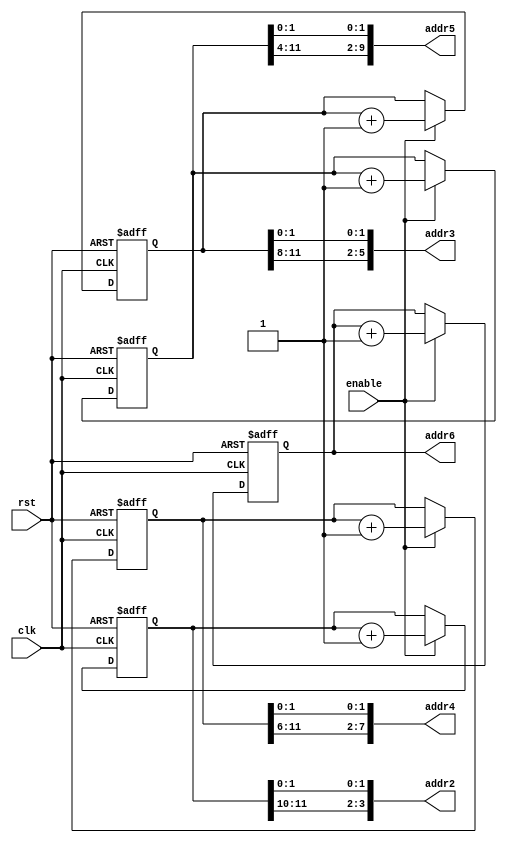

`resetall
`timescale 1ns/1ps
module rom_addr_generate(clk,
                         rst,
                         enable,
                         addr2,
                         addr3,
                         addr4,
                         addr5,
								 addr6);
  input clk,rst;
  input enable;
  output[3:0] addr2;
  output[5:0] addr3;
  output[7:0] addr4;
  output[9:0] addr5;
  output[11:0] addr6;
  reg[11:0] ad_reg2,ad_reg3,ad_reg4,ad_reg5,ad_reg6;
	
  always @ (posedge clk or negedge rst)
  begin
    if (!rst) begin
      ad_reg2<=-11;   //-6
      ad_reg3<=-21;  //-11
      ad_reg4<=-31;  //-16
      ad_reg5<=-41;  //-21
		ad_reg6<=-51;  //-26
    end
    else if(enable == 1'b1)
    begin
	  begin
      ad_reg2<=ad_reg2+1;
      ad_reg3<=ad_reg3+1;
      ad_reg4<=ad_reg4+1;
      ad_reg5<=ad_reg5+1;
		ad_reg6<=ad_reg6+1;
	  end
    end
  end
  
  assign addr2 = {ad_reg2[11:10],ad_reg2[1:0]};
  //assign addr2={ad_reg2[9:8],ad_reg2[1:0]}; //9:82bit, [7:0]
  assign addr3 = {ad_reg3[11:8],ad_reg3[1:0]};
  //assign addr3={ad_reg3[9:6],ad_reg3[1:0]}; //9:64bit[5:0]6bit 64
  assign addr4={ad_reg4[11:6],ad_reg4[1:0]};
  //assign addr4={ad_reg4[9:4],ad_reg4[1:0]};
  assign addr5={ad_reg5[11:4],ad_reg5[1:0]};
  //assign addr5= ad_reg5;
  assign addr6=ad_reg6;
endmodule